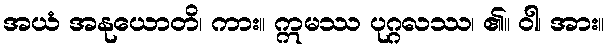
အယံ အနုယောတိ၊ ကား။ ဣမဿ ပုဂ္ဂလဿ၊ ၏။ ဝါ၊ အား။